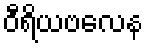
ဝီရိယဗလေန